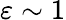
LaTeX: \varepsilon\sim 1